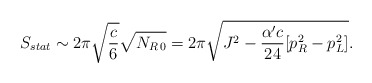
\begin{align*}S_{stat}\sim 2\pi\sqrt{c\over 6}\sqrt{N_{R\,0}}=2\pi\sqrt{J^2-{{\alpha^{\prime}c}\over {24}}[p^2_R-p^2_L]}. \end{align*}